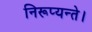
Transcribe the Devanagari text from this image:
निरूप्यन्ते।